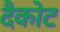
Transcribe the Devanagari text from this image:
दैकोट